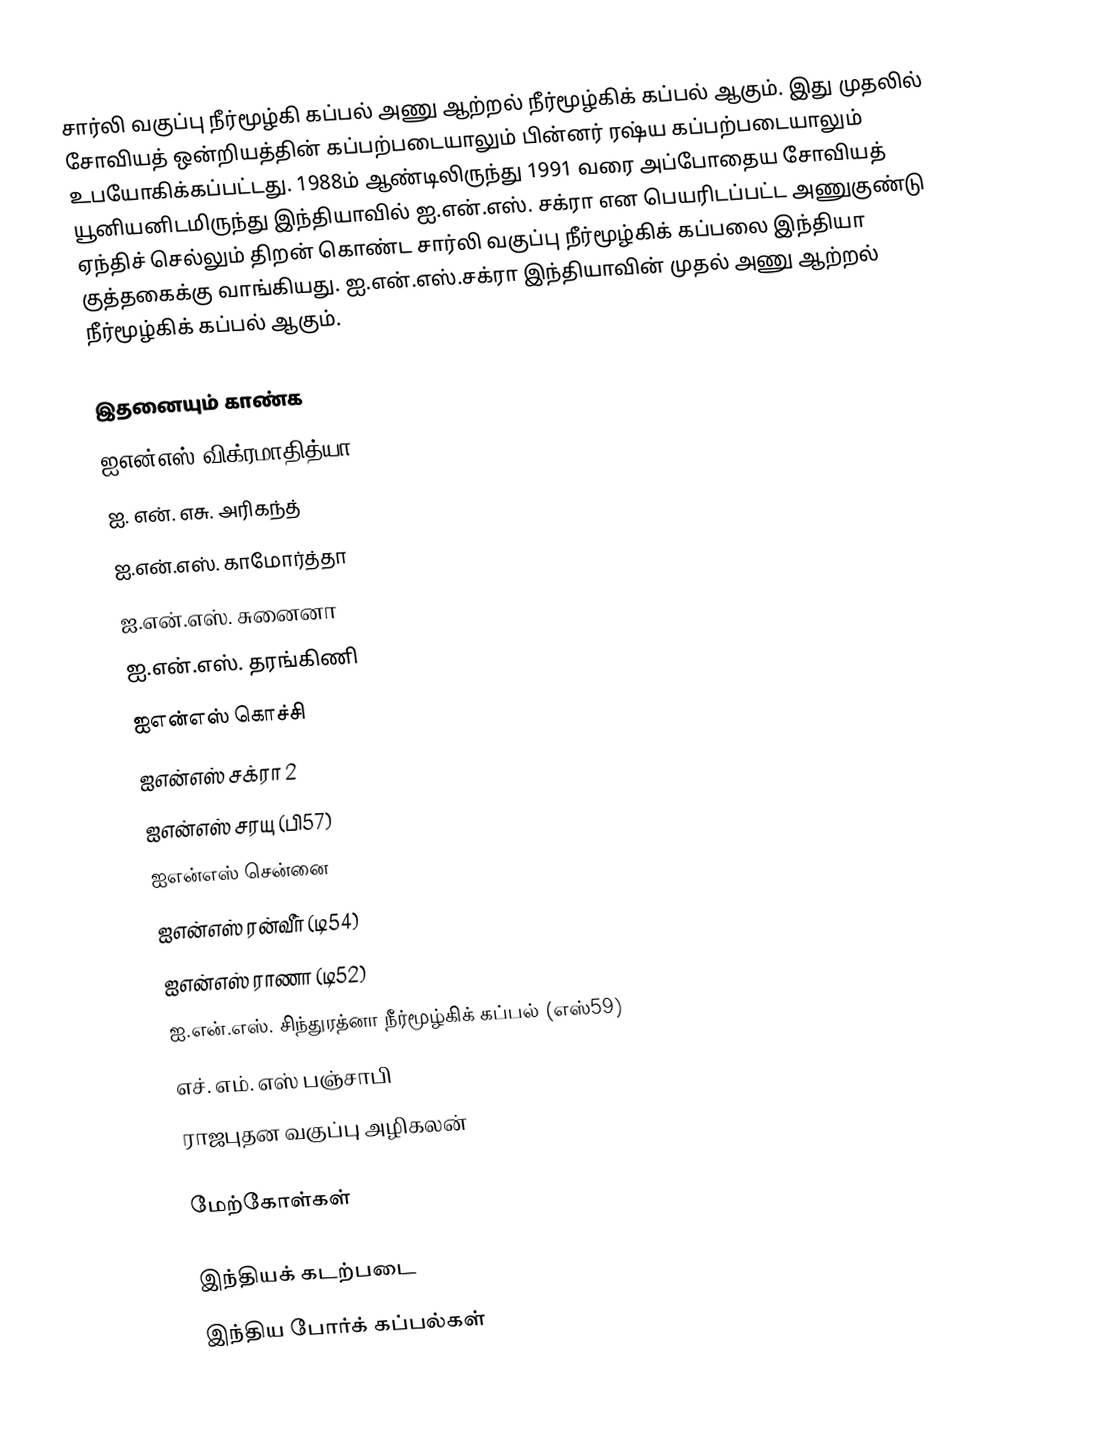
சார்லி வகுப்பு நீர்மூழ்கி கப்பல் அணு ஆற்றல் நீர்மூழ்கிக் கப்பல் ஆகும். இது முதலில் சோவியத் ஒன்றியத்தின் கப்பற்படையாலும் பின்னர் ரஷ்ய கப்பற்படையாலும் உபயோகிக்கப்பட்டது.  1988ம் ஆண்டிலிருந்து 1991 வரை அப்போதைய சோவியத் யூனியனிடமிருந்து இந்தியாவில் ஐ.என்.எஸ். சக்ரா என பெயரிடப்பட்ட  அணுகுண்டு ஏந்திச் செல்லும் திறன் கொண்ட சார்லி வகுப்பு நீர்மூழ்கிக் கப்பலை இந்தியா குத்தகைக்கு வாங்கியது. ஐ.என்.எஸ்.சக்ரா இந்தியாவின் முதல் அணு ஆற்றல் நீர்மூழ்கிக் கப்பல் ஆகும்.

இதனையும் காண்க
ஐஎன்எஸ் விக்ரமாதித்யா
ஐ. என். எசு. அரிகந்த்
ஐ.என்.எஸ். காமோர்த்தா
ஐ.என்.எஸ். சுனைனா
ஐ.என்.எஸ். தரங்கிணி
ஐஎன்எஸ் கொச்சி
ஐஎன்எஸ் சக்ரா 2
ஐஎன்எஸ் சரயு (பி57)
ஐஎன்எஸ் சென்னை
ஐஎன்எஸ் ரன்வீர் (டி54)
ஐஎன்எஸ் ராணா (டி52)
ஐ.என்.எஸ். சிந்துரத்னா நீர்மூழ்கிக் கப்பல் (எஸ்59)
எச். எம். எஸ் பஞ்சாபி
ராஜபுதன வகுப்பு அழிகலன்

மேற்கோள்கள்

இந்தியக் கடற்படை
இந்திய போர்க் கப்பல்கள்